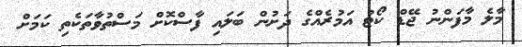
މާލެ މާފަންނު ޖޭޑް ކޯޓު އަމުރެއްގެ ދަށުން ބަލައި ފާސްކޮށް މަސްތުވާތަކެތި ކަމަށް